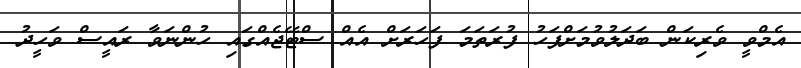
އެމްވީ ވެރިކަން ބަދަލުވުމަށްފަހު ފުރަތަމަ ފަހަރަށް އެއް ސްޓޭޖެއްގައި ހުންނަވާ ރައީސް ވަހީދު